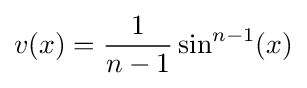
v(x)={\frac {1}{n-1}}\sin ^{n-1}(x)